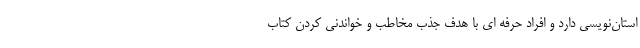
استان‌نویسی دارد و افراد حرفه ای با هدف جذب مخاطب و خواندنی کردن کتاب